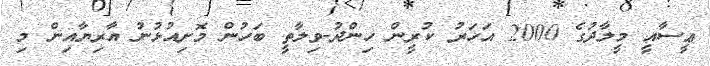
ޢީސާއީ މީލާދުގެ 2000 އަހަރު ކުރީން ހިންދު-ވިލާތީ ބަހުން މޮށިއުޅުނު އާރިޔާއިން މި